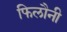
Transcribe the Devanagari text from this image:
फिलौनी